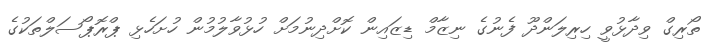
ތޯރިގް ވިދާޅުވީ ހިރިލަންދޫ ފެނުގެ ނިޒާމް ޑިޒައިން ކޮށްދިނުމަށް ހުޅުވާލުމުން ހުށަހެޅި ޕްރޮޕޯސަލްތަކުގެ